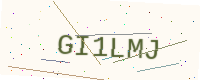
Text: GI1LMJ